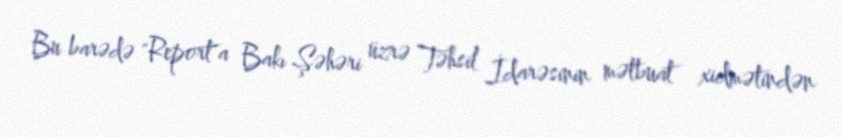
Bu barədə "Report"a Bakı Şəhəri üzrə Təhsil İdarəsinin mətbuat xidmətindən